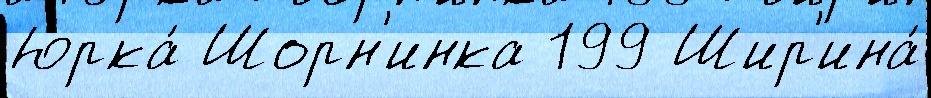
Юрка́ Шорн'инка 199 Шир'ина́